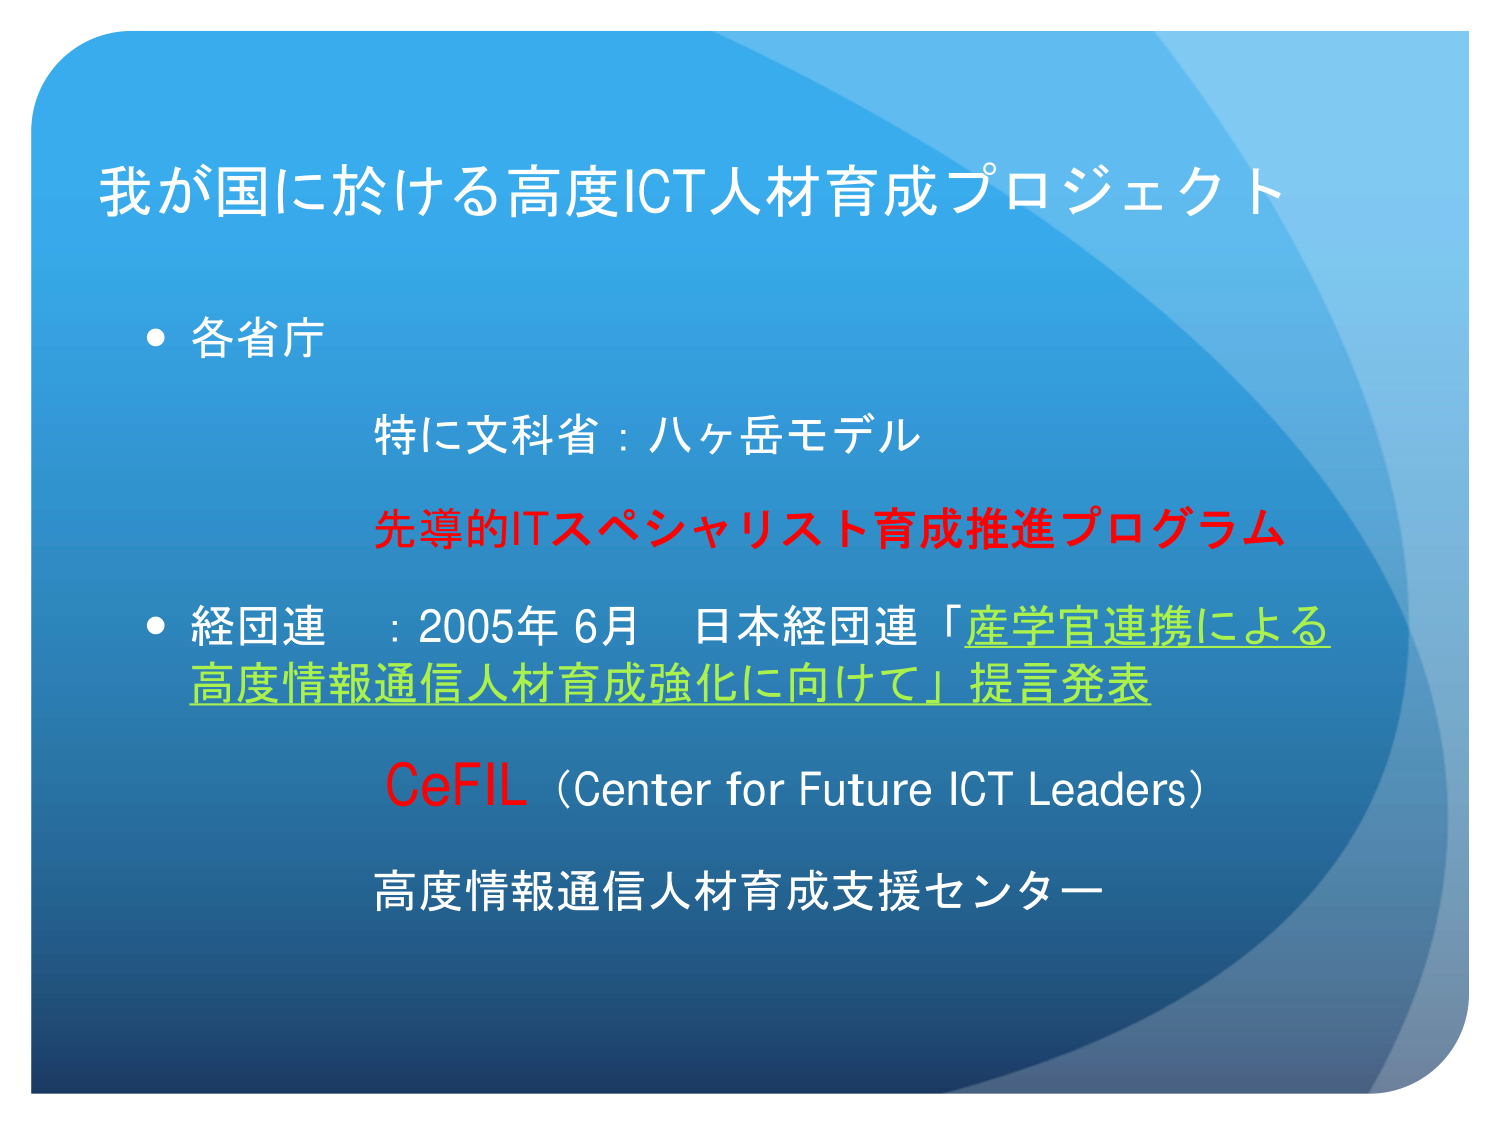
我が国に於ける高度ICT人材育成プロジェクト

・各省庁
　特に文科省：八ヶ岳モデル
　先導的ITスペシャリスト育成推進プログラム

・経団連　：2005年6月　日本経団連「産学官連携による
　　　　　高度情報通信人材育成強化に向けて」提言発表
　CeFIL（Center for Future ICT Leaders）
　高度情報通信人材育成支援センター